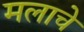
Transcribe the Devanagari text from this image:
मलाचे